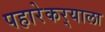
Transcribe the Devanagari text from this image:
पहारेकर्‍याला